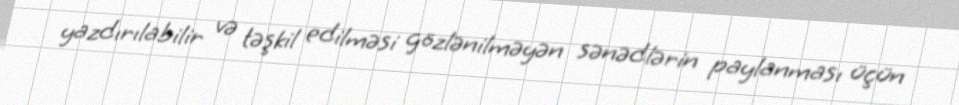
yazdırılabilir və təşkil edilməsi gözlənilməyən sənədlərin paylanması üçün